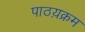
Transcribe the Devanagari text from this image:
पाठय़क्रम